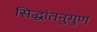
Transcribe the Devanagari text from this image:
सिद्धांतनुगुण